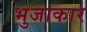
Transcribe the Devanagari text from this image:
भुजाकार